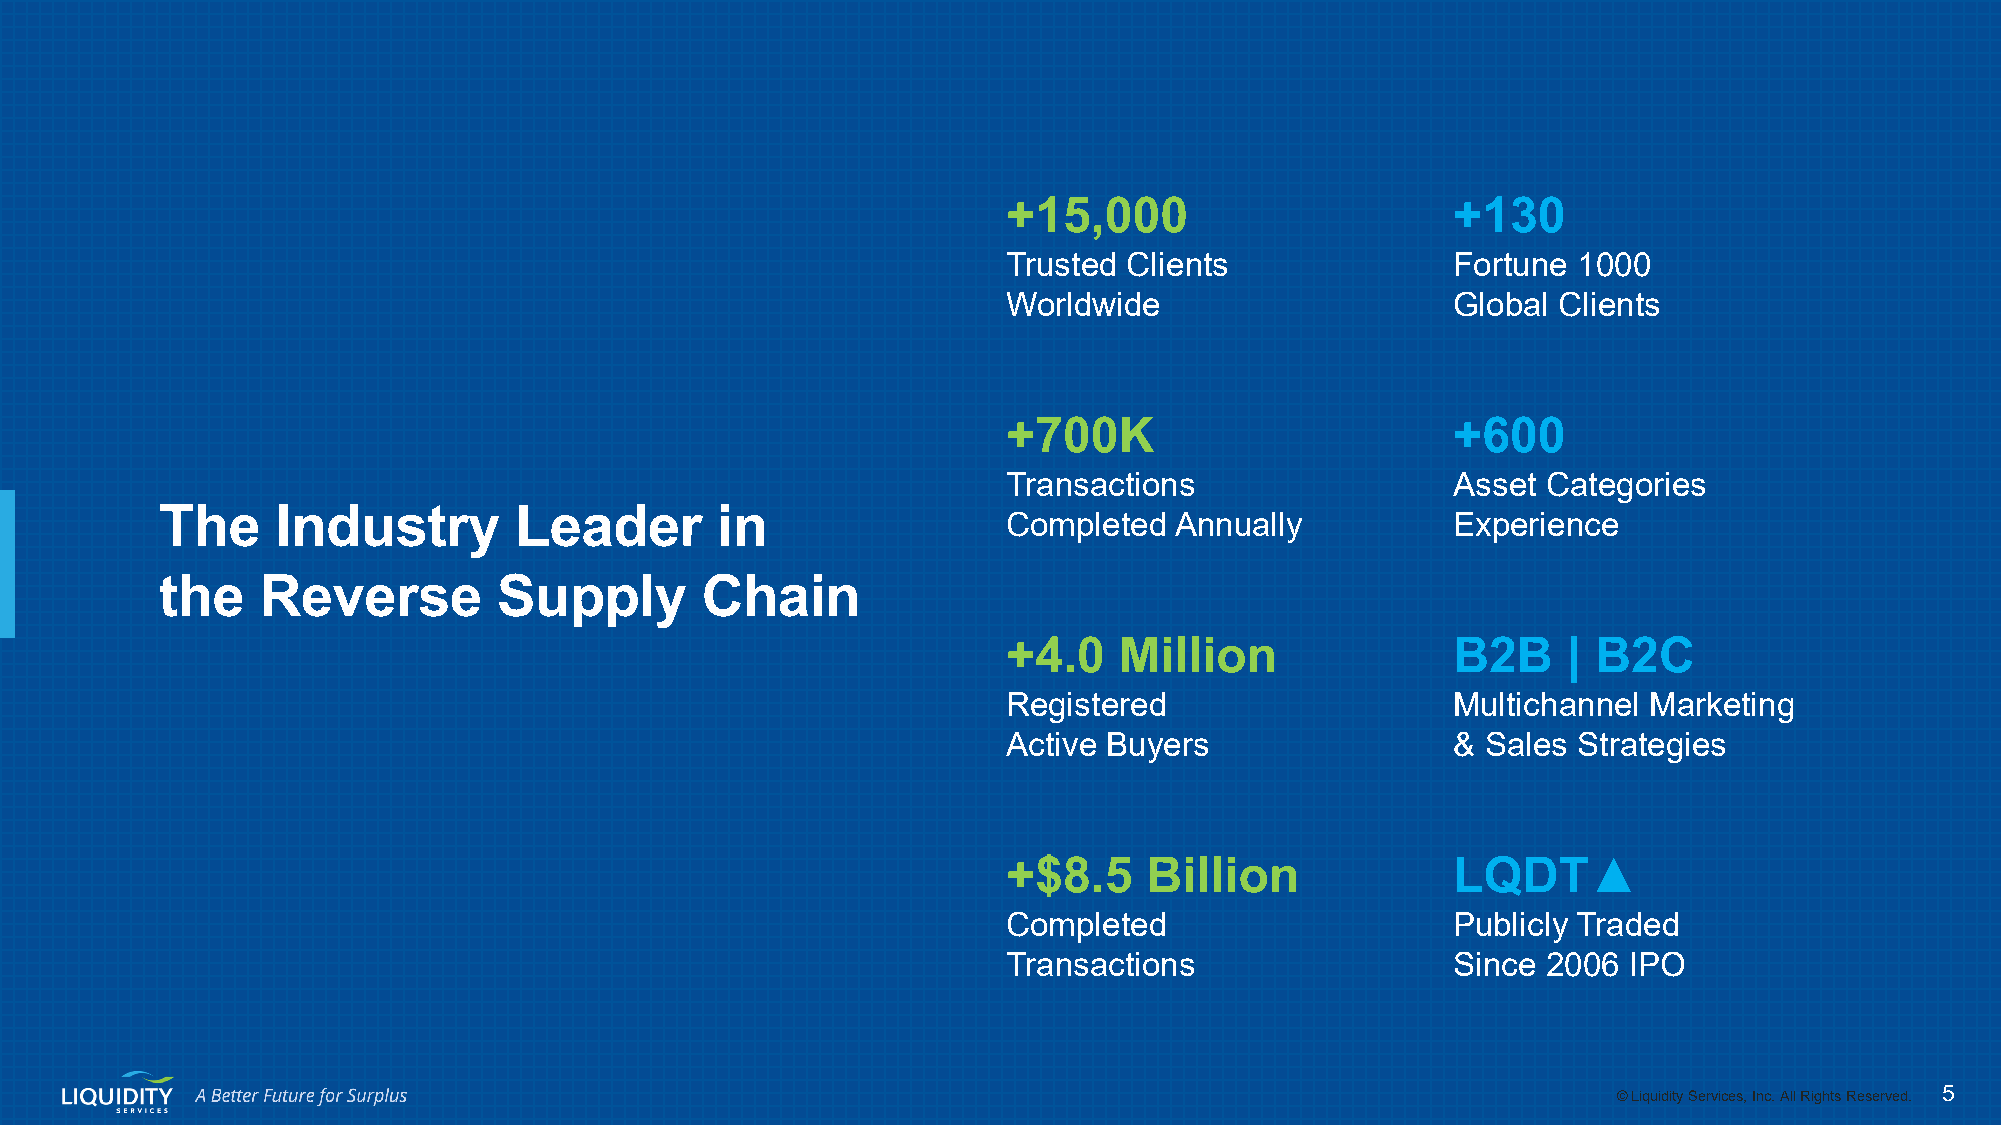
+15,000                      +130
 Trusted Clients              Fortune 1000
 Worldwide                    Global Clients
 +700K                        +600
 Transactions                 Asset Categories
 The    Industry        Leader       in                  Completed  Annually          Experience
 the   Reverse         Supply       Chain
 +4.0   Million               B2B     | B2C
 Registered                   Multichannel Marketing
 Active Buyers                & Sales Strategies
 +$8.5    Billion             LQDT▲
 Completed                    Publicly Traded
 Transactions                 Since 2006  IPO
 ©© LLiiqquuiiddiittyy SSeerrvviicceess,, IInncc.. AAllll RRiigghhttss RReesseerrvveedd.. 55